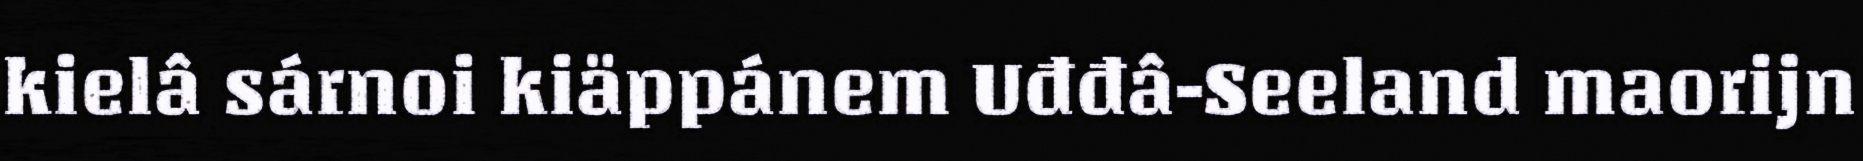
kielâ sárnoi kiäppánem Uđđâ-Seeland maorijn